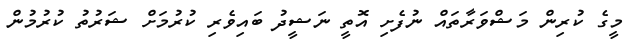
މީގެ ކުރިން މަޝްވަރާތައް ނުފެށި އޮތީ ނަޝީދު ބައިވެރި ކުރުމަށް ޝަރުތު ކުރުމުން